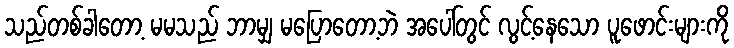
သည်တစ်ခါတော့ မမသည် ဘာမျှ မပြောတော့ဘဲ အပေါ်တွင် လွင့်နေသော ပူဖောင်းများကို